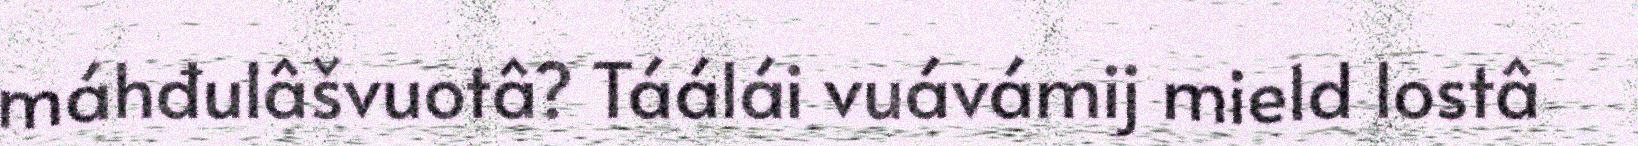
máhđulâšvuotâ? Táálái vuávámij mield lostâ